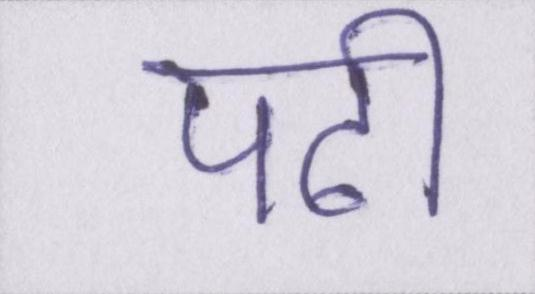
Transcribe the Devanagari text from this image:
पढी